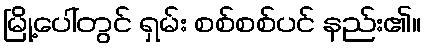
မြို့ပေါ်တွင် ရှမ်း စစ်စစ်ပင် နည်း၏။